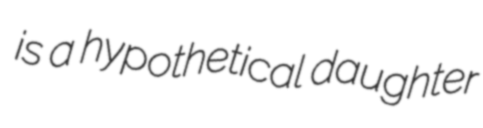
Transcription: is a hypothetical daughter